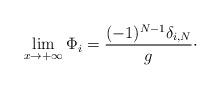
LaTeX: \begin{align*}\lim_{x\rightarrow +\infty} \Phi_{i}= {(-1)^{N-1} \delta_{i,N}\over g}\cdotp\end{align*}